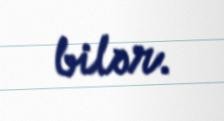
bilər.